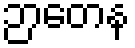
ဉာတေန